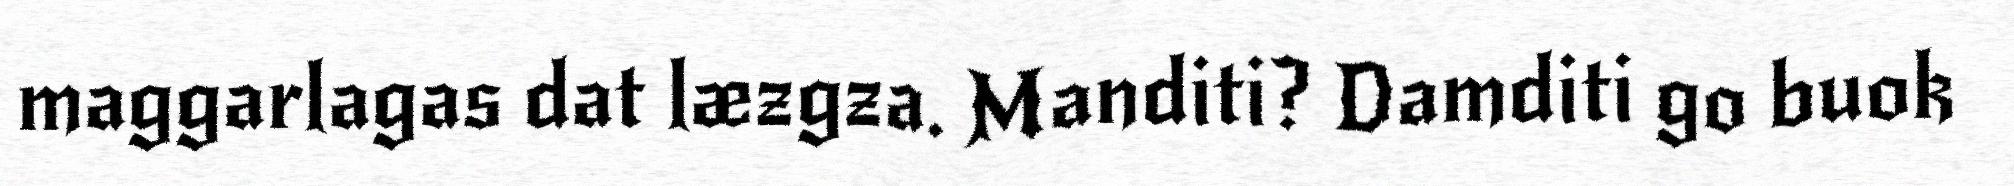
maggarlagas dat læzgza. Manditi? Damditi go buok